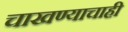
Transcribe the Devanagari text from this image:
चाखण्याचाही